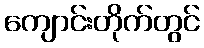
ကျောင်းတိုက်တွင်